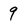
Character: 9